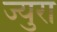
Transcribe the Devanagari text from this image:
ज्युरा